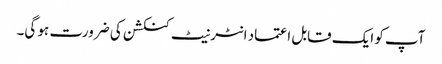
آپ کو ایک قابل اعتماد انٹرنیٹ کنکشن کی ضرورت ہو گی۔